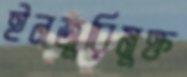
ইনজুরিমুক্ত